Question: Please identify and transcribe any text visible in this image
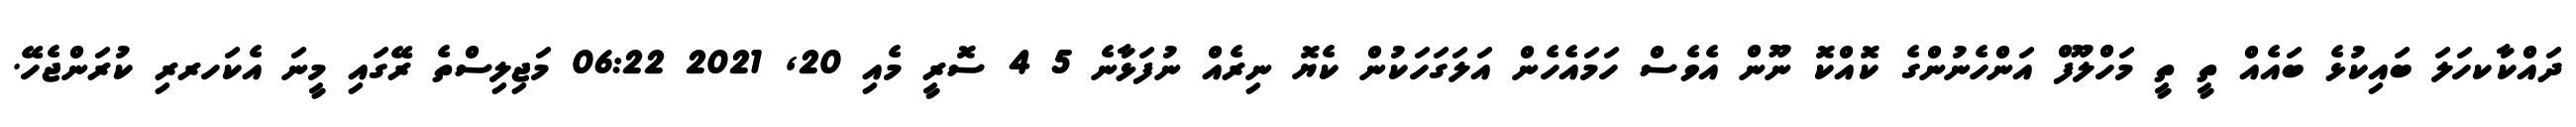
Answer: ދައްކާކހަލަ ބައިކުޅެ ބައެއް ތީ ތީ މަހްލޫފް އަންހެނުންގެ ކޮއްކޮ ނޫން އެވެސް ހަމައެހެން އަލަގަހަކުން ކެޔޮ ނިރެއް ނުފަޅާނެ 5 4 ސޮރީ މެއި 20, 2021 06:22 މަޖިލިސްތެ ރޭގައި މީނަ އެކަހރރި ކުރަންޖެހޭ.